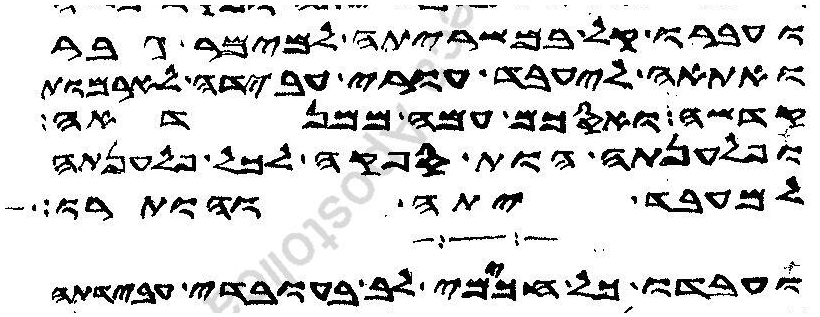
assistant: ועברו קל במשריתה למימר גבר
ואתאה ליעבד עורי עבידה לארמות
קדשה ואסכם עמה ממנדאה
ופלענתה הות ספקה לכל פלענתה
למעבד יתה והותרו
ועבדו כל חכימי לב בעובדי עבידתה